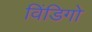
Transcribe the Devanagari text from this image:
विंडिगो